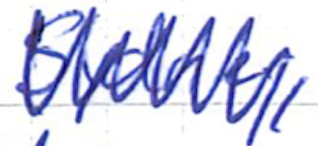
Text: Sydney,
Cross-out: zig-zag
Writing tool: ballpoint